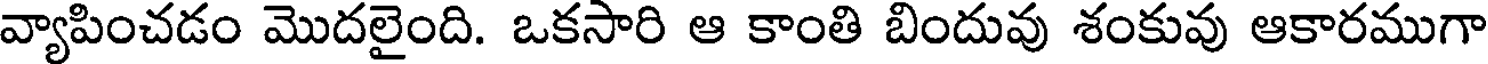
వ్యాపించడం మొదలైంది. ఒకసారి ఆ కాంతి బిందువు శంకువు ఆకారముగా